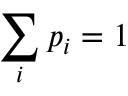
\sum _ { i } p _ { i } = 1